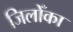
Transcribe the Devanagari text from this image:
जिलोँका